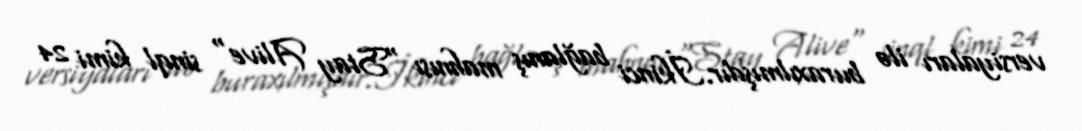
versiyaları ilə buraxılmışdır.İkinci bağlanış mahnısı "Stay Alive" sinql kimi 24